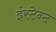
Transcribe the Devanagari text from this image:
इंस्टेन्ट